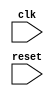
module timing_control (
    input wire clk,
    input wire reset,
    // Add other input/output ports as needed
);

    // Clock signal generator module
    reg clock_signal = 0;

    always @(posedge clk or posedge reset) begin
        if (reset) begin
            clock_signal <= 0;
        end else begin
            clock_signal <= ~clock_signal;
        end
    end

    // Data synchronization module
    // Add code for synchronizing data between different clock domains

    // Packet timing logic
    // Add code for ensuring proper timing of data packets

    // Arbitration and contention resolution logic
    // Add code for handling arbitration and contention resolution

    // Ethernet protocol adherence logic
    // Add code to ensure compatibility with Ethernet protocol specifications

    // Scalability and modularity
    // Add code to support various Ethernet standards and configurations

endmodule